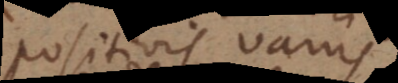
positivis variis.